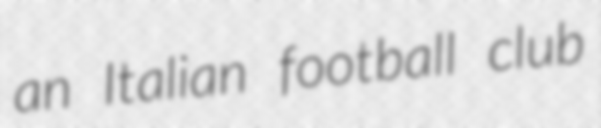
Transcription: an Italian football club